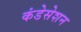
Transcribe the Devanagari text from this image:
कंडेसेशन